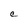
Character: C